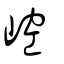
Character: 崆